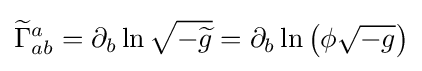
{\widetilde {\Gamma }}_{ab}^{a}=\partial _{b}\ln {\sqrt {-{\widetilde {g}}}}=\partial _{b}\ln \left(\phi {\sqrt {-g}}\right)